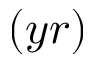
( y r )